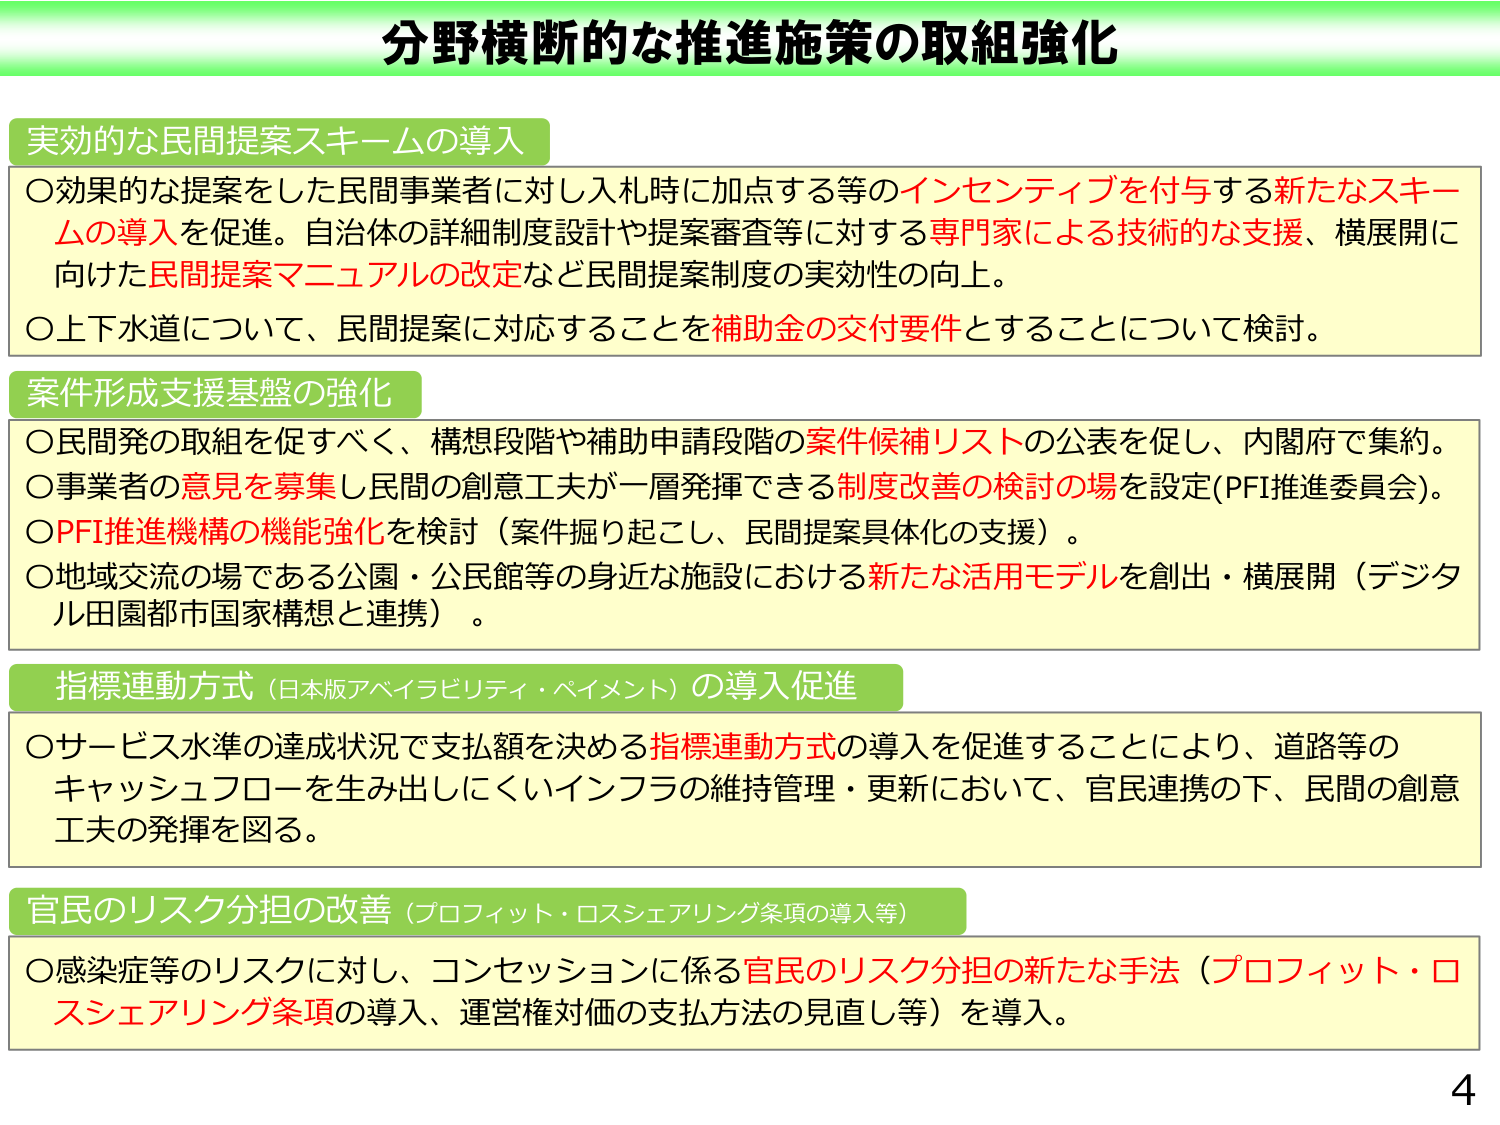
分野横断的な推進施策の取組強化

実効的な民間提案スキームの導入
○効果的な提案をした民間事業者に対し入札時に加点する等のインセンティブを付与する新たなスキームの導入を促進。自治体の詳細制度設計や提案審査等に対する専門家による技術的な支援、横展開に向けた民間提案マニュアルの改定など民間提案制度の実効性の向上。
○上下水道について、民間提案に対応することを補助金の交付要件とすることについて検討。

案件形成支援基盤の強化
○民間発の取組を促すべく、構想段階や補助申請段階の案件候補リストの公表を促し、内閣府で集約。
○事業者の意見を募集し民間の創意工夫が一層発揮できる制度改善の検討の場を設定(PFI推進委員会)。
○PFI推進機構の機能強化を検討（案件掘り起こし、民間提案具体化の支援）。
○地域交流の場である公園・公民館等の身近な施設における新たな活用モデルを創出・横展開（デジタル田園都市国家構想と連携）。

指標連動方式（日本版アベイラビリティ・ペイメント）の導入促進
○サービス水準の達成状況で支払額を決める指標連動方式の導入を促進することにより、道路等のキャッシュフローを生み出しにくいインフラの維持管理・更新において、官民連携の下、民間の創意工夫の発揮を図る。

官民のリスク分担の改善（プロフィット・ロスシェアリング条項の導入等）
○感染症等のリスクに対し、コンセッションに係る官民のリスク分担の新たな手法（プロフィット・ロスシェアリング条項の導入、運営権対価の支払方法の見直し等）を導入。

4